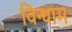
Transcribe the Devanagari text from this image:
विन्धाम